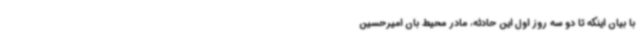
با بیان اینکه تا دو سه روز اول این حادثه، مادر محیط بان امیرحسین